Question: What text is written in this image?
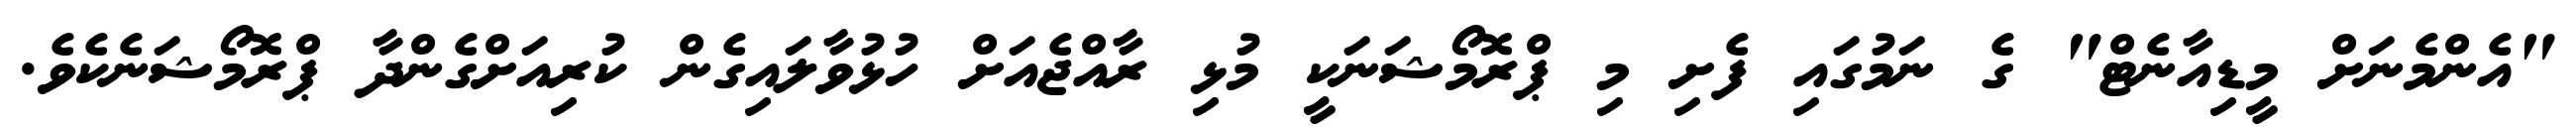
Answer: "އެންމެނަށް މީޑިއާނެޓް" ގެ ނަމުގައި ފެށި މި ޕްރޮމޯޝަނަކީ މުޅި ރާއްޖެއަށް ހުޅުވާލައިގެން ކުރިއަށްގެންދާ ޕްރޮމޯޝަނެކެވެ.